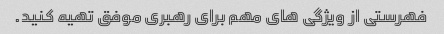
فهرستی از ویژگی های مهم برای رهبری موفق تهیه کنید.